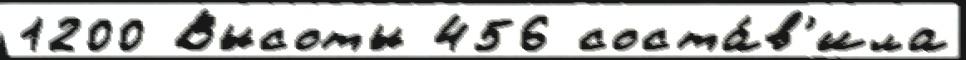
1200 Высоты 456 соста́в'ила